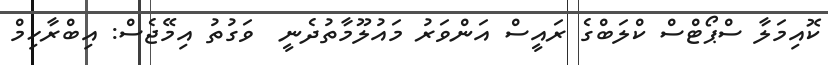
ކޮއިމަލާ ސްޕޯޓްސް ކްލަބްގެ ރައީސް އަންވަރު މައުލޫމާތުދެނީ  ވަގުތު އިމޭޖެސް: އިބްރާހިމް